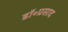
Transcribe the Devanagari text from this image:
डॉ॰प्रसाद